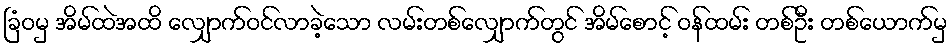
ခြံဝမှ အိမ်ထဲအထိ လျှောက်ဝင်လာခဲ့သော လမ်းတစ်လျှောက်တွင် အိမ်စောင့် ဝန်ထမ်း တစ်ဦး တစ်ယောက်မှ